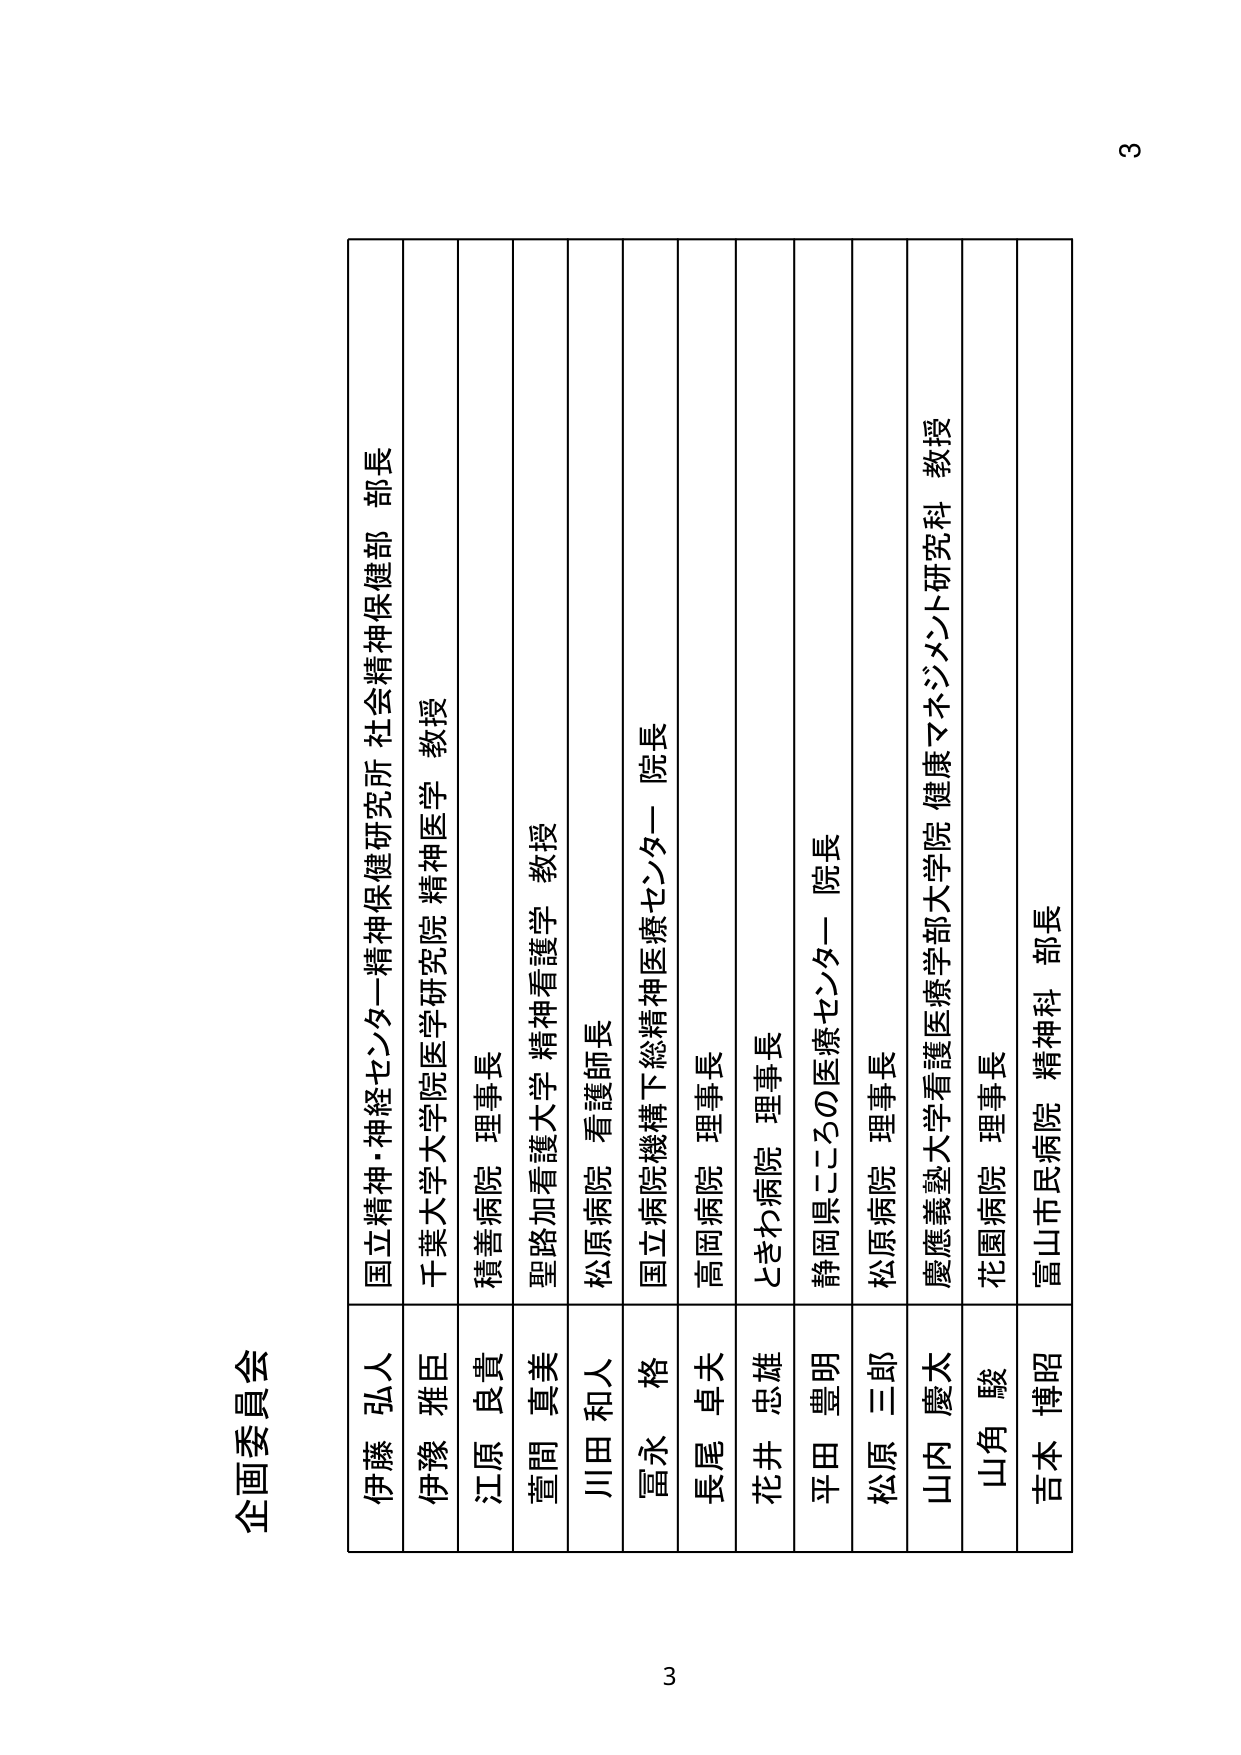
企画委員会

伊藤 弘人 国立精神・神経センター精神保健研究所 社会精神保健部 部長
伊豫 雅臣 千葉大学大学院医学研究院 精神医学 教授
江原 良貴 積善病院 理事長
萱間 貴美 聖路加看護大学 精神看護学 教授
川田 和人 松原病院 看護師長
冨永 格 国立病院機構下総精神医療センター 院長
長尾 卓夫 高岡病院 理事長
花井 忠雄 ときわ病院 理事長
平田 豊明 静岡県こころの医療センター 院長
松原 三郎 松原病院 理事長
山内 慶太 慶應義塾大学看護医学部大学院 健康マネジメント研究科 教授
山角 駿 花園病院 理事長
吉本 博昭 富山市民病院 精神科 部長

3